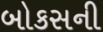
બોકસની